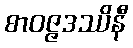
စာဝဇ္ဇဒဿိနီ